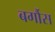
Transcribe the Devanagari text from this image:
बर्गौस